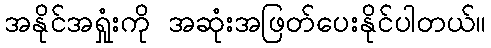
အနိုင်အရှုံးကို အဆုံးအဖြတ်ပေးနိုင်ပါတယ်။